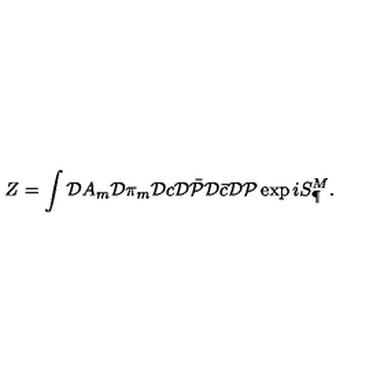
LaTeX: Z = \int { \cal D } A _ { m } { \cal D } \pi _ { m } { \cal D } c { \cal D } \bar { \cal P } { \cal D } \bar { c } { \cal D } { \cal P } \exp i S _ { \P } ^ { M } .